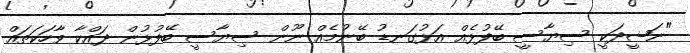
"ނަޝީދަކީ ސިޔާސީ ބޭފުޅެއް އަޅުގަނޑު ބޭނުމެއް ނޫން ސިޔާސީ ބޭފުޅުން ދައްކާ ވާހަކަތައް